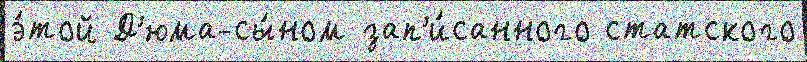
э́той Д'юма-сы́ном зап'и́санного статского